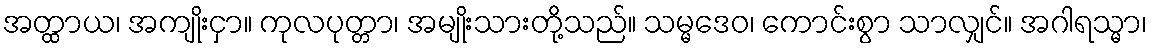
အတ္ထာယ၊ အကျိုးငှာ။ ကုလပုတ္တာ၊ အမျိုးသားတို့သည်။ သမ္မဒေဝ၊ ကောင်းစွာ သာလျှင်။ အဂါရသ္မာ၊